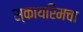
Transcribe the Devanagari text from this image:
स्कायरिमचा